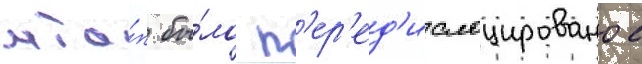
мта́п бы́ло п'ер'ед'ислоцировано с